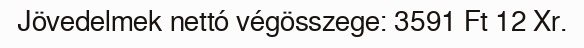
Jövedelmek nettó végösszege: 3591 Ft 12 Xr.